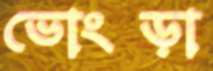
ভোংড়া